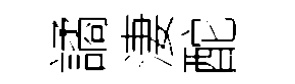
譎淒酡